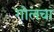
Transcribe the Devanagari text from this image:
गोलचा